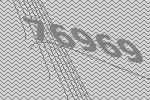
76969